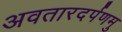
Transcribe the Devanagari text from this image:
अवतारदर्पणमु